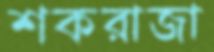
শকরাজা